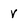
Character: v